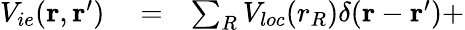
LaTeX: \begin{array}{rlr}{V_{ie}({\mathbf r},{\mathbf r^{\prime}})}&{{}=}&{\sum_{R}V_{loc}(r_{R})\delta({\mathbf r}-{\mathbf r^{\prime}})+}\end{array}